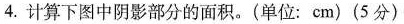
4.计算下图中阴影部分的面积。(单位：cm)(5分)